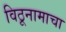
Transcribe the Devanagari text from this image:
विठूनामाचा